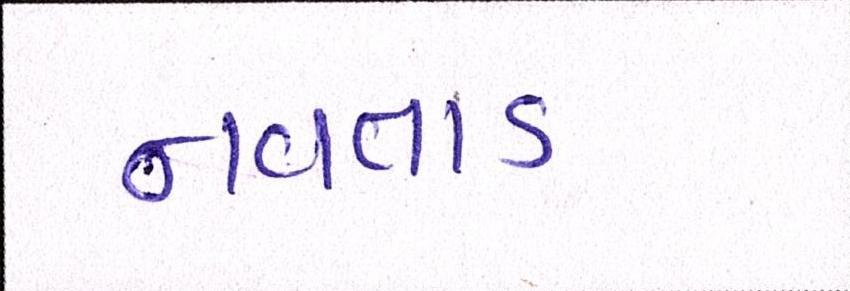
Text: નવતાડ